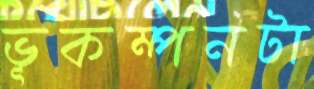
ভূকম্পনটা